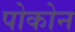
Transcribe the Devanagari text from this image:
पोकोन